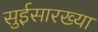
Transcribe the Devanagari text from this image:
सुईसारख्या